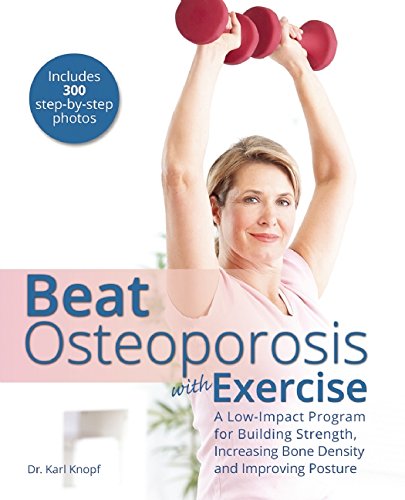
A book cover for Beat Osteoporosis with Exercise: A Low-Impact Program for Building Strength, Increasing Bone Density and Improving Posture; Karl Knopf; Health, Fitness & Dieting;